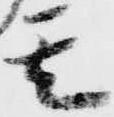
其